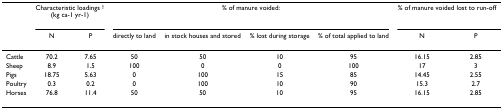
<table><thead><tr><td></td><td colspan="2"><b>Characteristic loadings <sup>†</sup>(kg ca-1 yr-1)</b></td><td colspan="4"><b>% of manure voided:</b></td><td colspan="2"><b>% of manure voided lost to run-off</b></td></tr><tr><td></td><td><b>N</b></td><td><b>P</b></td><td><b>directly to land</b></td><td><b>in stock houses and stored</b></td><td><b>% lost during storage</b></td><td><b>% of total applied to land</b></td><td><b>N</b></td><td><b>P</b></td></tr></thead><tbody><tr><td>Cattle</td><td>70.2</td><td>7.65</td><td>50</td><td>50</td><td>10</td><td>95</td><td>16.15</td><td>2.85</td></tr><tr><td>Sheep</td><td>8.9</td><td>1.5</td><td>100</td><td>0</td><td>0</td><td>100</td><td>17</td><td>3</td></tr><tr><td>Pigs</td><td>18.75</td><td>5.63</td><td>0</td><td>100</td><td>15</td><td>85</td><td>14.45</td><td>2.55</td></tr><tr><td>Poultry</td><td>0.3</td><td>0.2</td><td>0</td><td>100</td><td>10</td><td>90</td><td>15.3</td><td>2.7</td></tr><tr><td>Horses</td><td>76.8</td><td>11.4</td><td>50</td><td>50</td><td>10</td><td>95</td><td>16.15</td><td>2.85</td></tr></tbody></table>